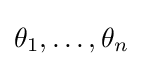
\theta _{1},\dots ,\theta _{n}